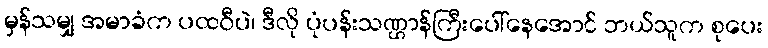
မှန်သမျှ အမာခံက ပထဝီပဲ၊ ဒီလို ပုံပန်းသဏ္ဌာန်ကြီးပေါ်နေအောင် ဘယ်သူက စုပေး